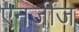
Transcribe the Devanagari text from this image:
एनर्जीज